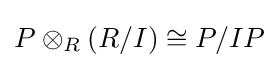
P\otimes _{R}(R/I)\cong P/IP